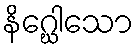
နိဂ္ဃေါသော